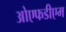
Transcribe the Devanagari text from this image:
ओएफडीएम